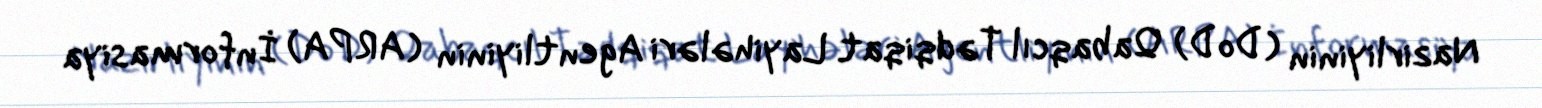
Nazirliyinin (DoD) Qabaqcıl Tədqiqat Layihələri Agentliyinin (ARPA) İnformasiya